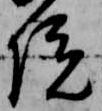
院